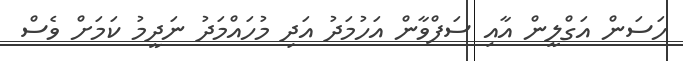
ހަސަން އަގްލީން އާއި ސަފްވާން އަހުމަދު އަދި މުހައްމަދު ނަދީމު ކަމަށް ވެސް